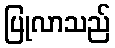
ပြုလာသည်